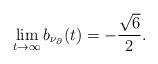
LaTeX: \begin{align*} \lim_{t\to\infty}b_{\nu_{\partial}}(t)=-\frac{\sqrt{6}}{2}.\end{align*}